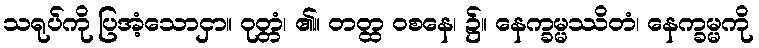
သရုပ်ကို ပြအံ့သောငှာ။ ဝုတ္တံ၊ ၏။ တတ္ထ ဝစနေ၊ ၌။ နေက္ခမ္မဿိတံ၊ နေက္ခမ္မကို